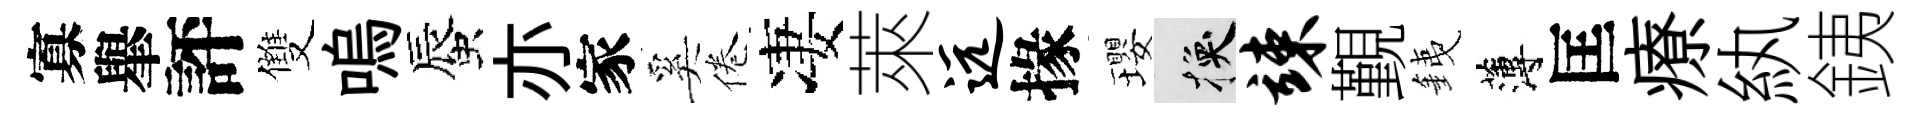
寡𦦙評雙嗚蜃亦家奚倦凄萊远掾瓔换竦覲銕薄匡療紈銕